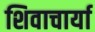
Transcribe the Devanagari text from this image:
शिवाचार्या